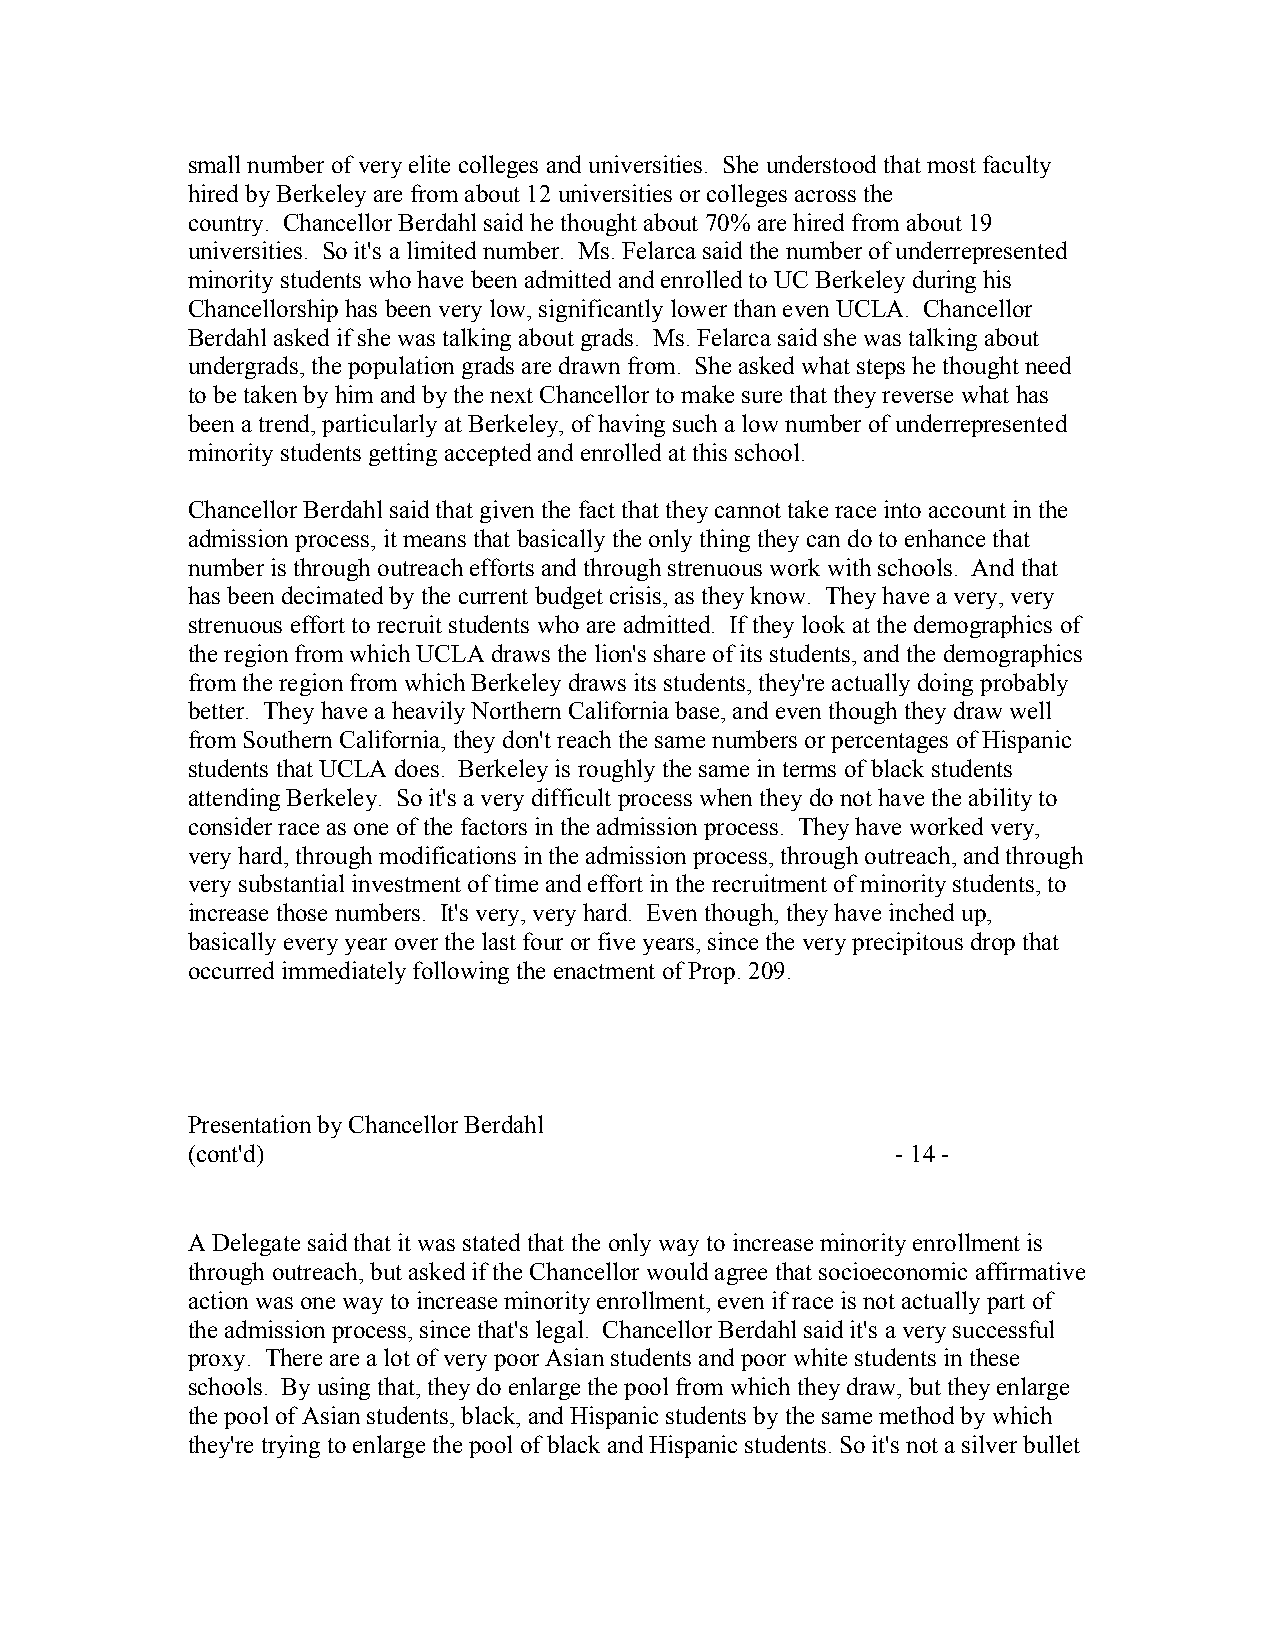
small number of very elite colleges and universities. She understood that most faculty
 hired by Berkeley are from about 12 universities or colleges across the
 country. Chancellor Berdahl said he thought about 70% are hired from about 19
 universities. So it's a limited number. Ms. Felarca said the number of underrepresented
 minority students who have been admitted and enrolled to UC Berkeley during his
 Chancellorship has been very low, significantly lower than even UCLA. Chancellor
 Berdahl asked if she was talking about grads. Ms. Felarca said she was talking about
 undergrads, the population grads are drawn from. She asked what steps he thought need
 to be taken by him and by the next Chancellor to make sure that they reverse what has
 been a trend, particularly at Berkeley, of having such a low number of underrepresented
 minority students getting accepted and enrolled at this school.
 Chancellor Berdahl said that given the fact that they cannot take race into account in the
 admission process, it means that basically the only thing they can do to enhance that
 number is through outreach efforts and through strenuous work with schools. And that
 has been decimated by the current budget crisis, as they know. They have a very, very
 strenuous effort to recruit students who are admitted. If they look at the demographics of
 the region from which UCLA draws the lion's share of its students, and the demographics
 from the region from which Berkeley draws its students, they're actually doing probably
 better. They have a heavily Northern California base, and even though they draw well
 from Southern California, they don't reach the same numbers or percentages of Hispanic
 students that UCLA does. Berkeley is roughly the same in terms of black students
 attending Berkeley. So it's a very difficult process when they do not have the ability to
 consider race as one of the factors in the admission process. They have worked very,
 very hard, through modifications in the admission process, through outreach, and through
 very substantial investment of time and effort in the recruitment of minority students, to
 increase those numbers. It's very, very hard. Even though, they have inched up,
 basically every year over the last four or five years, since the very precipitous drop that
 occurred immediately following the enactment of Prop. 209.
 Presentation by Chancellor Berdahl
 (cont'd)                                       - 14 -
 A Delegate said that it was stated that the only way to increase minority enrollment is
 through outreach, but asked if the Chancellor would agree that socioeconomic affirmative
 action was one way to increase minority enrollment, even if race is not actually part of
 the admission process, since that's legal. Chancellor Berdahl said it's a very successful
 proxy. There are a lot of very poor Asian students and poor white students in these
 schools. By using that, they do enlarge the pool from which they draw, but they enlarge
 the pool of Asian students, black, and Hispanic students by the same method by which
 they're trying to enlarge the pool of black and Hispanic students. So it's not a silver bullet